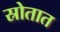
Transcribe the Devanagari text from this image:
स्रोतात